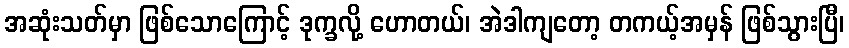
အဆုံးသတ်မှာ ဖြစ်သောကြောင့် ဒုက္ခလို့ ဟောတယ်၊ အဲဒါကျတော့ တကယ့်အမှန် ဖြစ်သွားပြီ၊